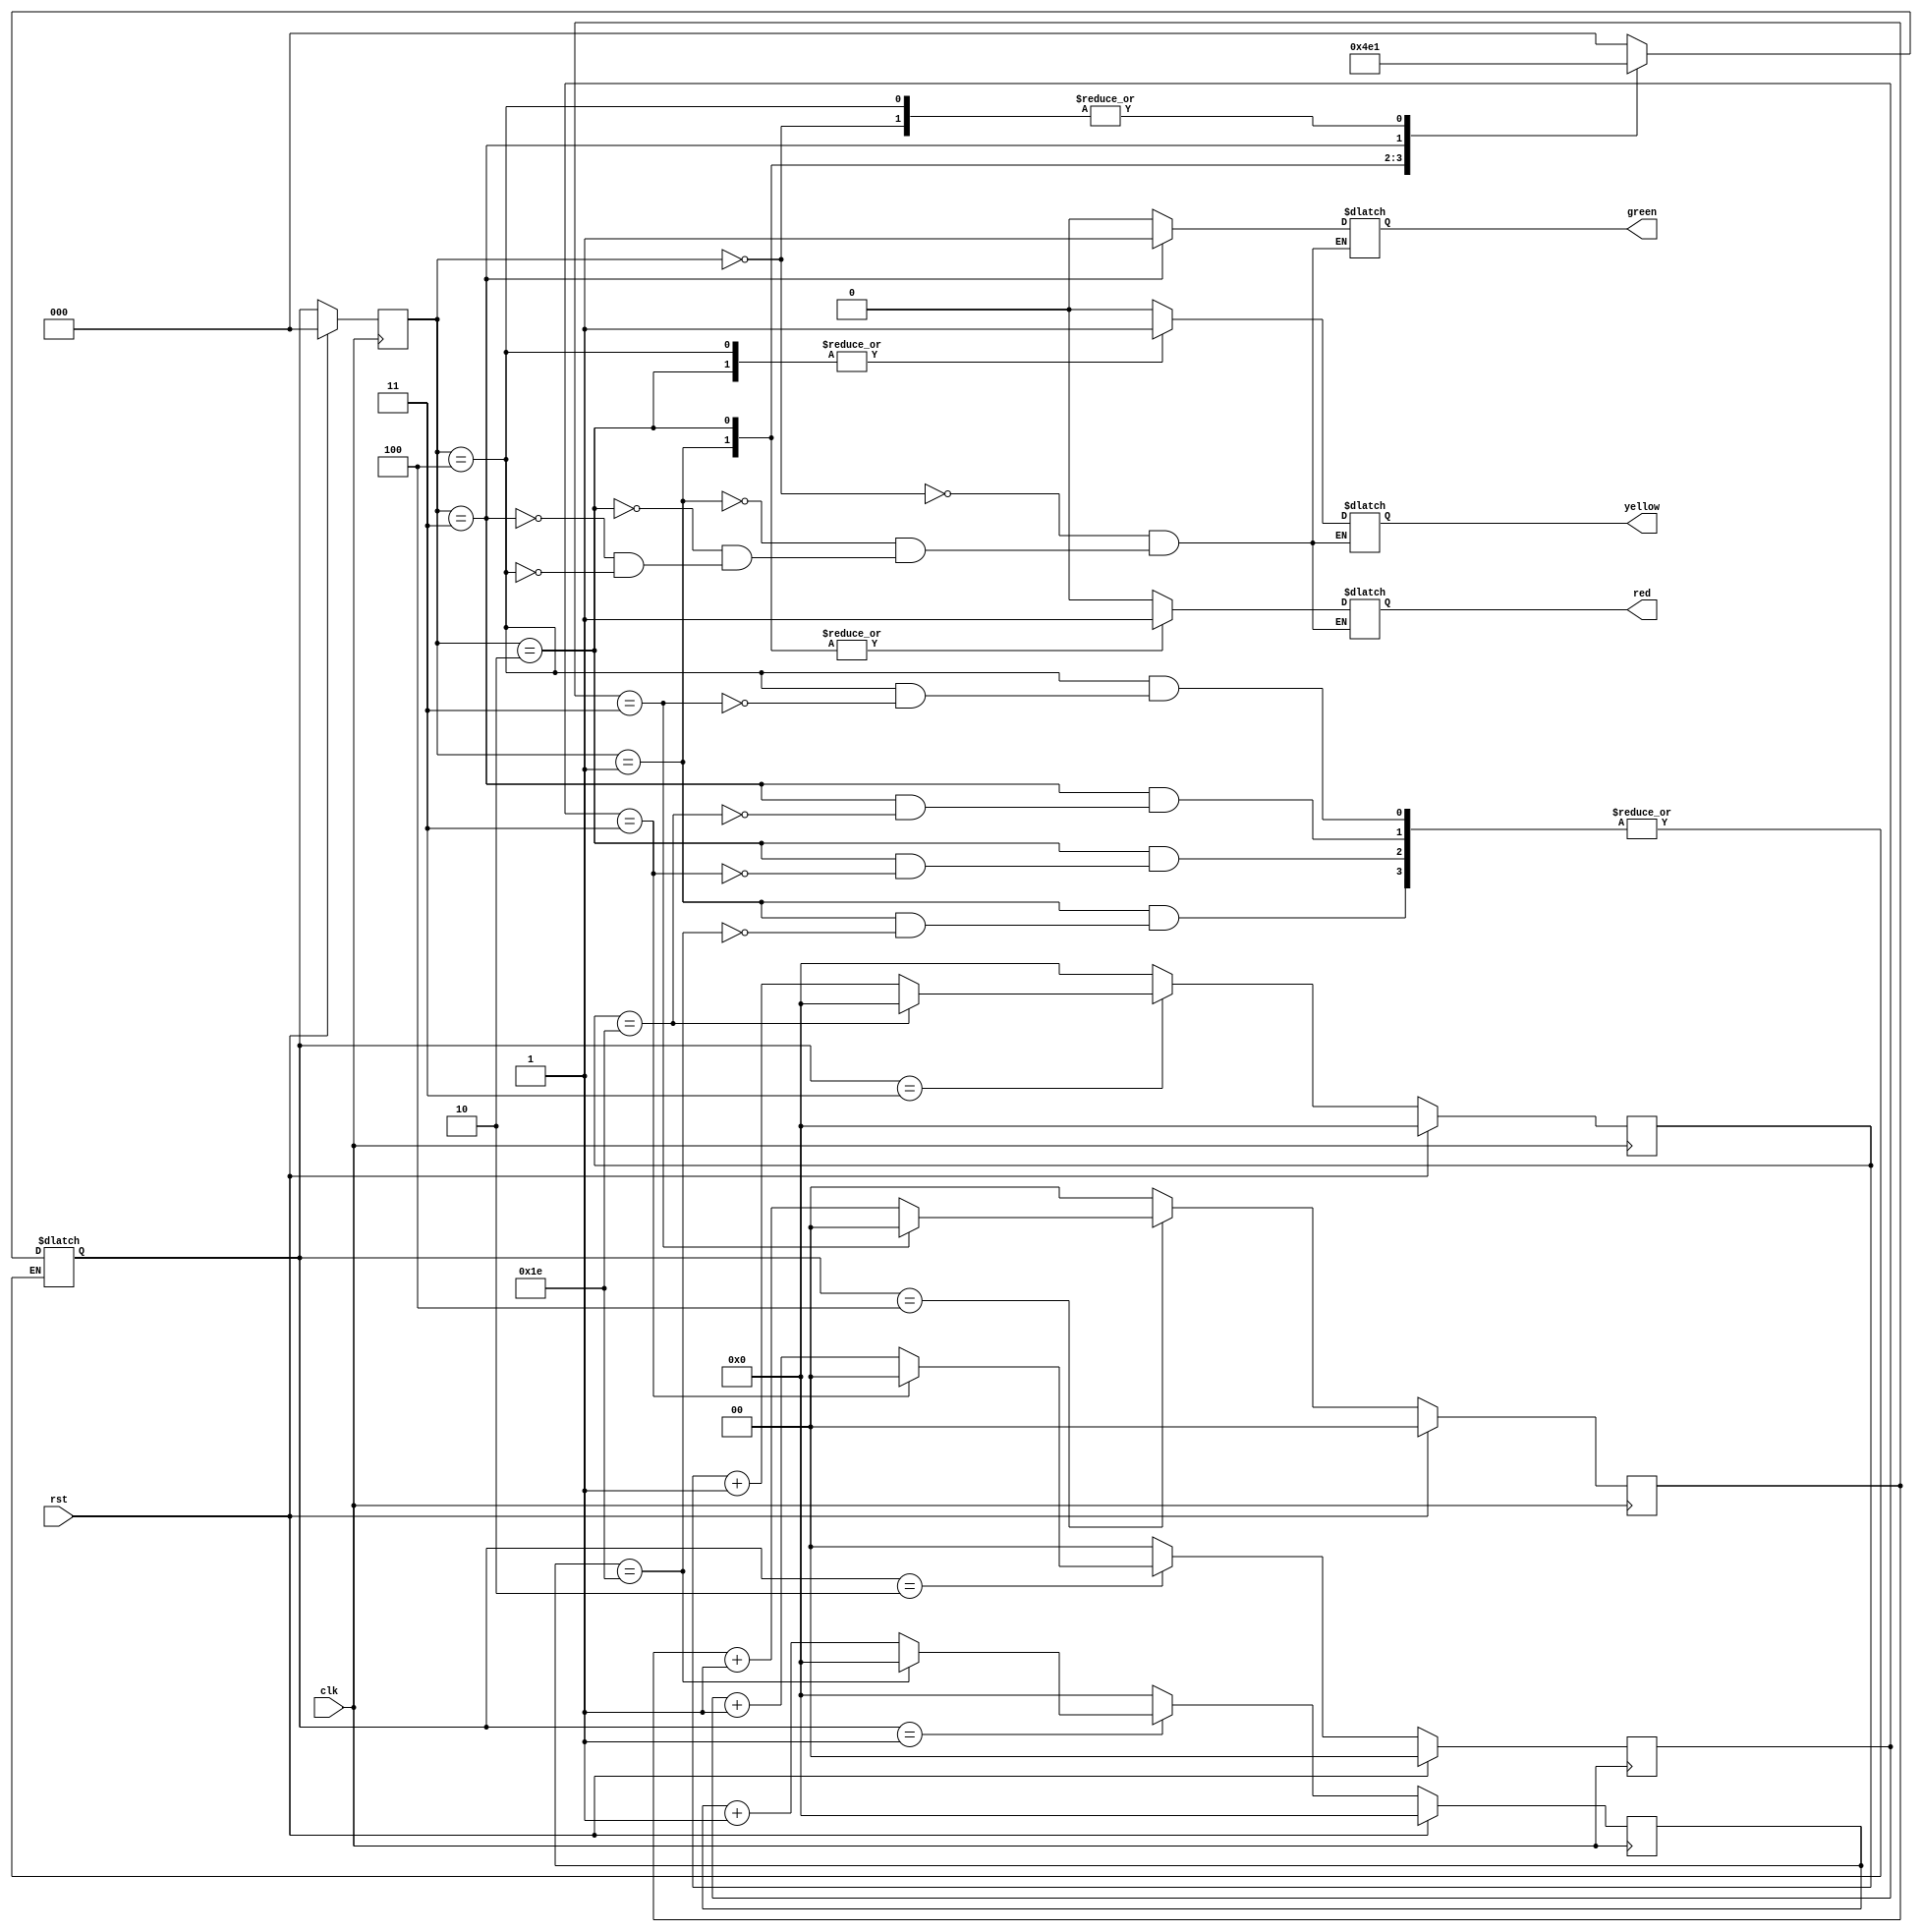
/*

Design a One-Way Traffic Control System:
> On RESET every light would be LOW
> RED light will remain HIGH for 30s after that YELLOW light would be HIGH
> YELLOW light will remain HIGH for 3s along with RED light after that GREEN light would be HIGH
> GREEN light will remain HIGH for 30s after that YELLOW light would be HIGH
> YELLOW light will remain HIGH for 3s after that RED light would be HIGH

*/

module task3 (
    input clk,
    input rst,
    output reg red,
    output reg yellow,
    output reg green
);
    
    localparam DISABLE = 3'b000;
    localparam STOP = 3'b001;
    localparam READY_TO_GO = 3'b010;
    localparam GO = 3'b011;
    localparam READY_TO_STOP = 3'b100;

    reg [2:0] current_state, next_state;
    
    always @(posedge clk) begin
        if (rst) begin
            current_state <= DISABLE;
        end
        else begin
            current_state <= next_state;
        end
    end

    reg [4:0] count_stop;

    always @(posedge clk) begin
        if (rst) begin
            count_stop <= 0;
        end
        else begin
            if (next_state == STOP) begin
                if (count_stop == 30) begin
                    count_stop <= 0;
                end
                else begin
                    count_stop <= count_stop + 1;
                end
            end
            else begin
                count_stop <= 0;
            end
        end
    end

    reg [1:0] count_ready_to_go;

    always @(posedge clk) begin
        if (rst) begin
            count_ready_to_go <= 0;
        end
        else begin
            if (next_state == READY_TO_GO) begin
                if (count_ready_to_go == 3) begin
                    count_ready_to_go <= 0;
                end
                else begin
                    count_ready_to_go <= count_ready_to_go + 1;
                end
            end
            else begin
                count_ready_to_go <= 0;
            end
        end
    end

    reg [4:0] count_go;

    always @(posedge clk) begin
        if (rst) begin
            count_go <= 0;
        end
        else begin
            if (next_state == GO) begin
                if (count_go == 30) begin
                    count_go <= 0;
                end
                else begin
                    count_go <= count_go + 1;
                end
            end
            else begin
                count_go <= 0;
            end
        end
    end

    reg [1:0] count_ready_to_stop;

    always @(posedge clk) begin
        if (rst) begin
            count_ready_to_stop <= 0;
        end
        else begin
            if (next_state == READY_TO_STOP) begin
                if (count_ready_to_stop == 3) begin
                    count_ready_to_stop <= 0;
                end
                else begin
                    count_ready_to_stop <= count_ready_to_stop + 1;
                end
            end
            else begin
                count_ready_to_stop <= 0;
            end
        end
    end

    always @(*) begin
        case (current_state)
            DISABLE: begin
                red = 0;
                yellow = 0;
                green = 0;
                next_state <= STOP;
            end
            STOP: begin
                red = 1;
                yellow = 0;
                green = 0;
                if (count_stop == 30) begin
                    next_state = READY_TO_GO;
                end
            end
            READY_TO_GO: begin
                red = 1;
                yellow = 1;
                green = 0;
                if (count_ready_to_go == 3) begin
                    next_state = GO;
                end
            end
            GO: begin
                red = 0;
                yellow = 0;
                green = 1;
                if (count_go == 30) begin
                    next_state = READY_TO_STOP;
                end
            end
            READY_TO_STOP: begin
                red = 0;
                yellow = 1;
                green = 0;
                if (count_ready_to_stop == 3) begin
                    next_state = STOP;
                end
            end
            default: next_state <= DISABLE;
        endcase
    end

endmodule